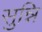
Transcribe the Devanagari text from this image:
सुन्नि